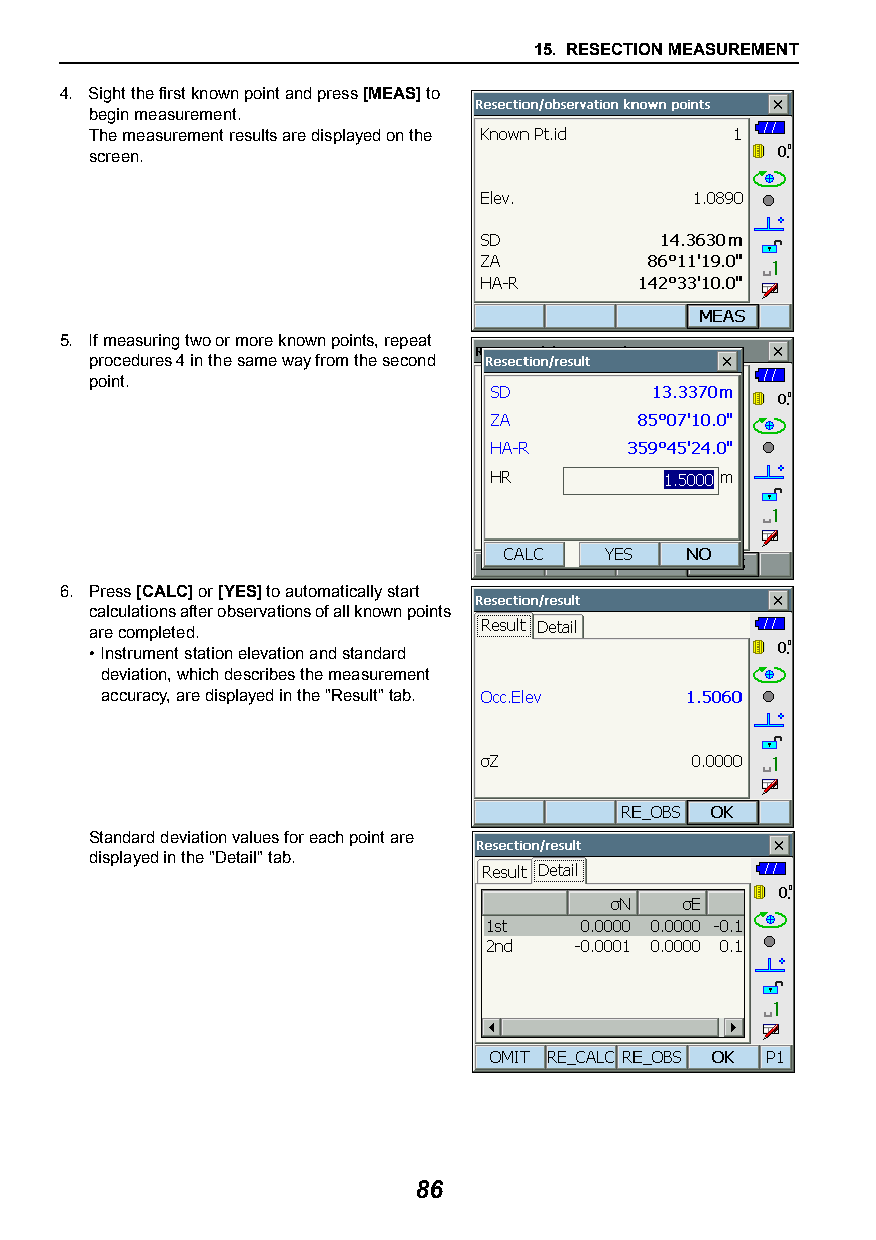
15. RESECTION MEASUREMENT
 4. Sight the first known point and press [MEAS] to
 begin measurement.
 The measurement results are displayed on the
 screen.
 5. If measuring two or more known points, repeat
 procedures 4 in the same way from the second
 point.
 6. Press [CALC] or [YES] to automatically start
 calculations after observations of all known points
 are completed.
 •Instrument station elevation and standard
 deviation, which describes the measurement
 accuracy, are displayed in the "Result" tab.
 Standard deviation values for each point are
 displayed in the "Detail" tab.
 86